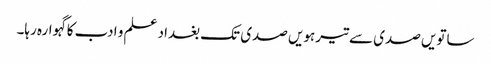
ساتویں صدی سے تیرہویں صدی تک بغداد علم و ادب کاگہوارہ رہا۔